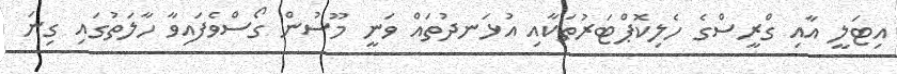
އިޓަލީ އާއި ގްރީސްގެ ހެލިކޮޕްޓަރުތަކާއި އުޅަނދުތައް ވަނީ މޫސުން ގޯސްވެފައިވާ ހާލަތުގައި ގިނަ